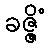
ခဇ္ဇိံ